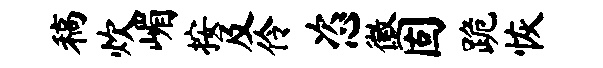
稿炊嵋按及伶恣徽固跪恢